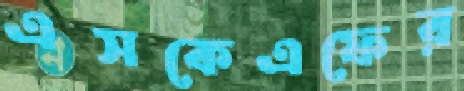
এসকেএফের